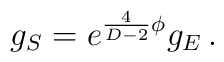
g_S = e^{{4\over D-2}\phi}g_E\, .